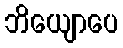
ဘိယျောပေ